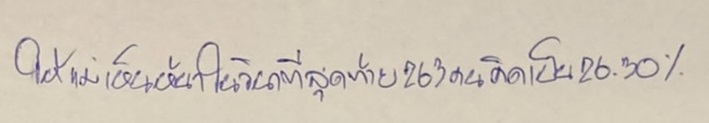
ให้แม่เห็นหน้าในวินาทีสุดท้าย263คนคิดเป็น26.30%